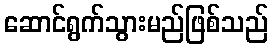
ဆောင်ရွက်သွားမည်ဖြစ်သည်